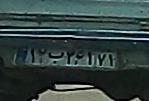
۱۲ب۲۶۱۷۱